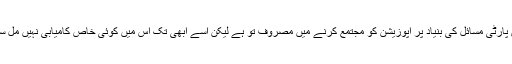
کانگریس پارٹی مسائل کی بنیاد پر اپوزیشن کو مجتمع کرنے میں مصروف تو ہے لیکن اسے ابھی تک اس میں کوئی خاص کامیابی نہیں مل سکی ہے ۔